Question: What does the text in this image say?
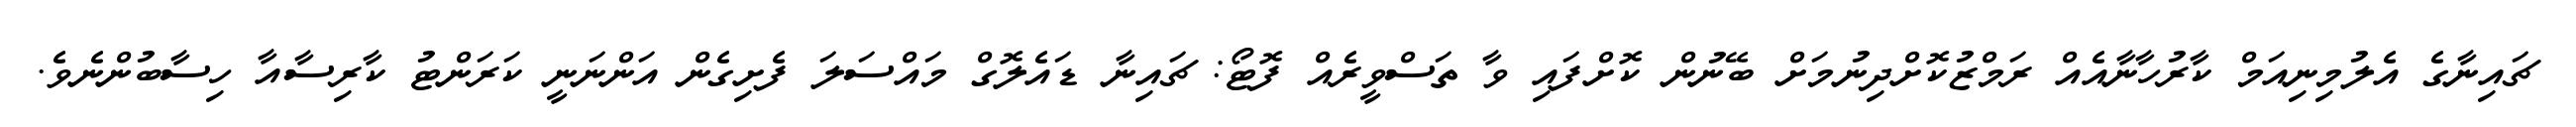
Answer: ޗައިނާގެ އެލުމިނިއަމް ކާރުހާނާއެއް ރަމްޒުކޮށްދިނުމަށް ބޭނުން ކޮށްފައި ވާ ތަސްވީރެއް ފޮޓޯ: ޗައިނާ ޑައެލޮގް މައްސަލަ ފެށިގެން އަންނަނީ ކަރަންޓު ކާރިސާއާ ހިސާބުންނެވެ.